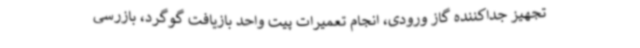
تجهیز جداکننده گاز ورودی، انجام تعمیرات پیت واحد بازیافت گوگرد، بازرسی